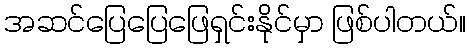
အဆင်ပြေပြေဖြေရှင်းနိုင်မှာ ဖြစ်ပါတယ်။